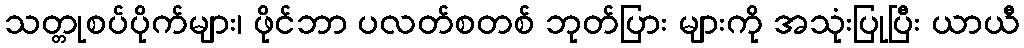
သတ္တုစပ်ပိုက်များ၊ ဖိုင်ဘာ ပလတ်စတစ် ဘုတ်ပြား များကို အသုံးပြုပြီး ယာယီ